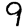
Digit: 9